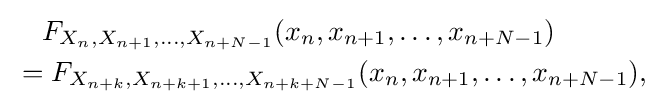
{\begin{aligned}&{}\quad F_{X_{n},X_{n+1},\dots ,X_{n+N-1}}(x_{n},x_{n+1},\dots ,x_{n+N-1})\\&=F_{X_{n+k},X_{n+k+1},\dots ,X_{n+k+N-1}}(x_{n},x_{n+1},\dots ,x_{n+N-1}),\end{aligned}}